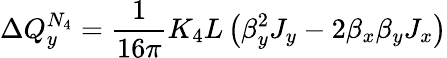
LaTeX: \Delta Q_{y}^{N_{4}}=\frac{1}{16\pi}K_{4}L\left(\beta_{y}^{2}J_{y}-2\beta_{x}\beta_{y}J_{x}\right)